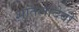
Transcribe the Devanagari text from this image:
शांतलादेवी